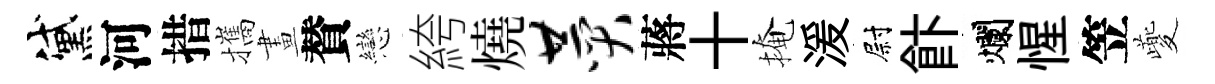
黛河措攜畫賛戀絝燒赞蔣十掩湲尉飰爛惺笠夔